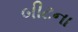
બીટના